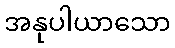
အနုပါယာသော